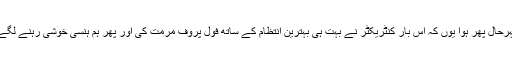
بہرحال پھر ہوا یوں کہ اس بار کنٹریکٹر نے بہت ہی بہترین انتظام کے ساتھ فول پروف مرمت کی اور پھر ہم ہنسی خوشی رہنے لگے۔